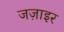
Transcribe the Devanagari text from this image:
जज़ाइर